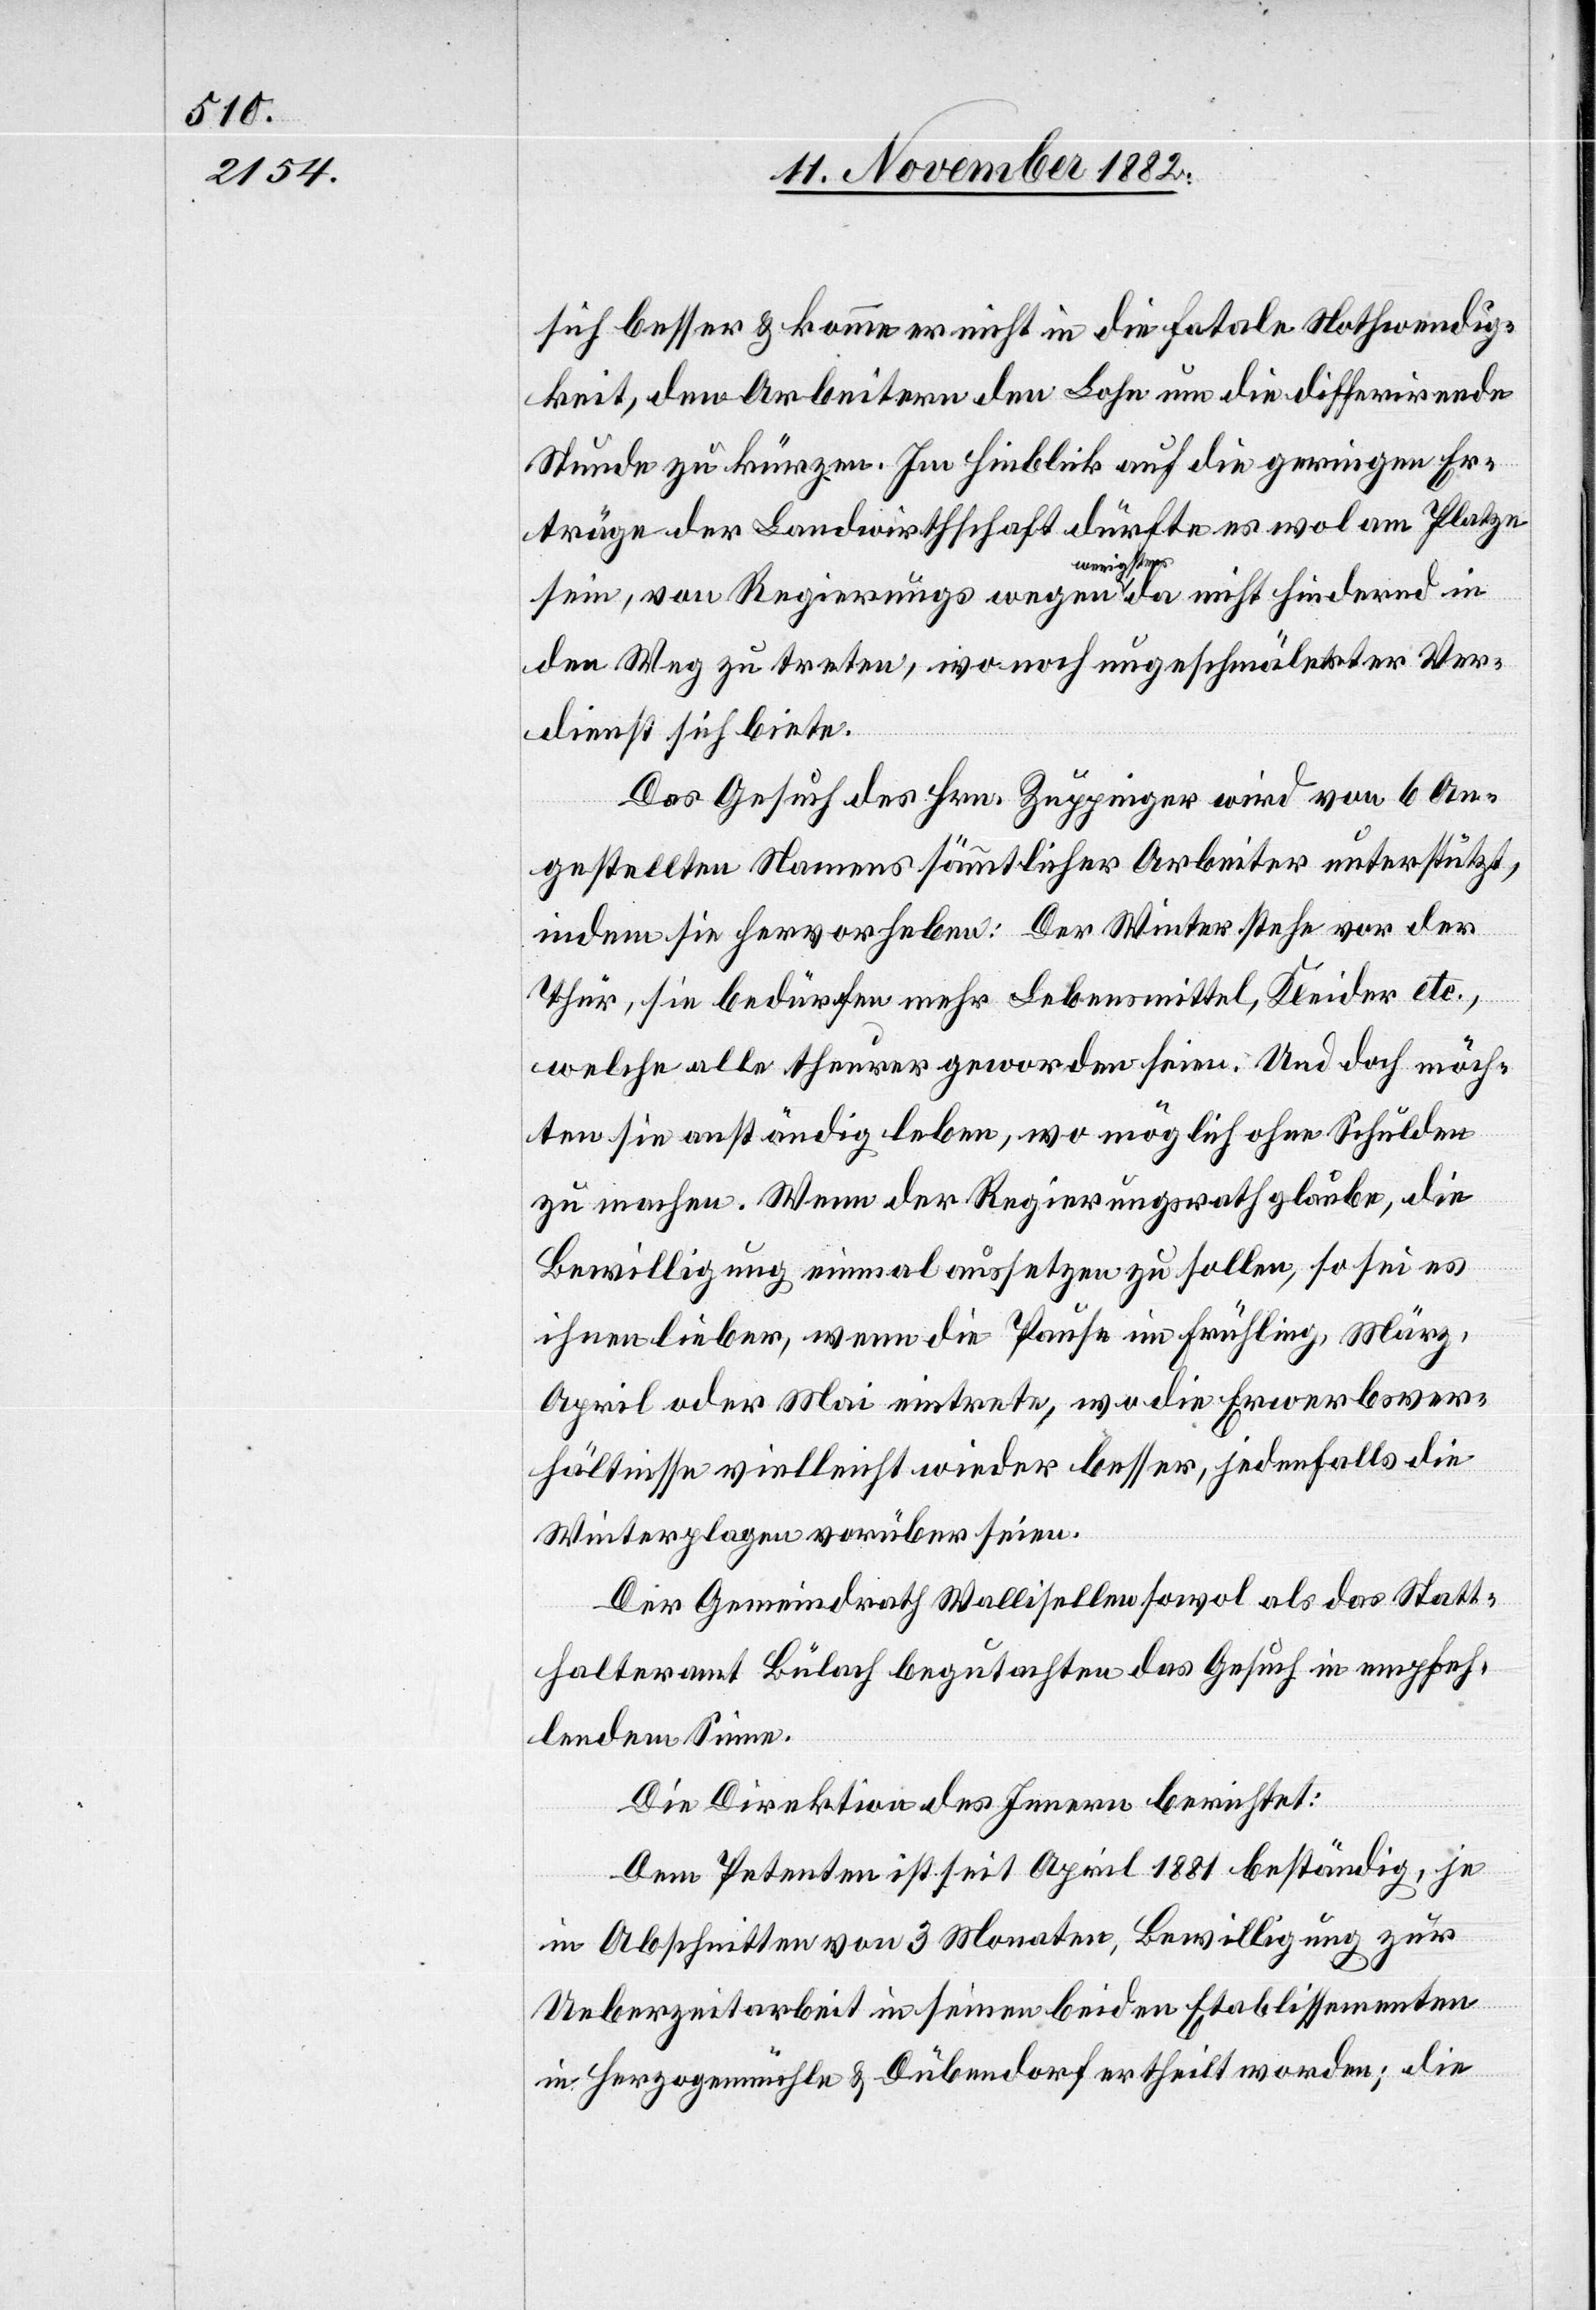
sich besser & könne er nicht in die fatale Nothwendig¬
keit, den Arbeitern den Lohn um die differirende
Stunde zu kürzen. Im Hinblick auf die geringen Er¬
träge der Landwirthschaft dürfte es wol am Platze
sein, von Regierungs wegen wenigstens da nicht hindernd in
den Weg zu treten, wo noch ungeschmälerter Ver¬
dienst sich biete.
Das Gesuch des Hrn. Zuppinger wird von 6 An¬
gestellten Namens sämmtlicher Arbeiter unterstützt,
indem sie hervorheben: Der Winter stehe vor der
Thür, sie bedürfen mehr Lebensmittel, Kleider etc.,
welche alle theurer geworden seien. Und doch möch¬
ten sie anständig leben, wo möglich ohne Schulden
zu machen. Wenn der Regierungsrath glaube, die
Bewilligung einmal aussetzen zu sollen, so sei es
ihnen lieber, wenn die Pause im Frühling, März,
April oder Mai eintrete, wo die Erwerbsver¬
hältnisse vielleicht wieder besser, jedenfalls die
Winterplagen vorüber seien.
Der Gemeindrath Wallisellen sowol als das Statt¬
halteramt Bülach begutachten das Gesuch in empfeh¬
lendem Sinne.
Die Direktion des Innern berichtet:
Dem Petenten ist seit April 1881 beständig, je
in Abschnitten von 3 Monaten, Bewilligung zur
Ueberzeitarbeit in seinen beiden Etablissementen
in Herzogenmühle & Dübendorf ertheilt worden; die